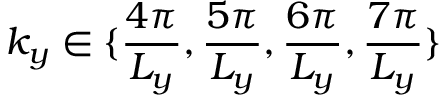
k _ { y } \in \{ \frac { 4 \pi } { L _ { y } } , \frac { 5 \pi } { L _ { y } } , \frac { 6 \pi } { L _ { y } } , \frac { 7 \pi } { L _ { y } } \}